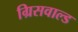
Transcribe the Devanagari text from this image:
ग्रिसवाल्ड